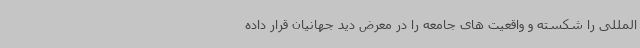
المللی را شکسته و واقعیت های جامعه را در معرض دید جهانیان قرار داده